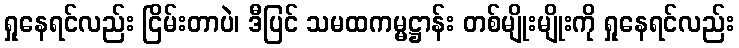
ရှုနေရင်လည်း ငြိမ်းတာပဲ၊ ဒီပြင် သမထကမ္မဋ္ဌာန်း တစ်မျိုးမျိုးကို ရှုနေရင်လည်း